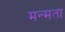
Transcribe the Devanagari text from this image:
मन्मता